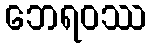
ဘေရဝဿ